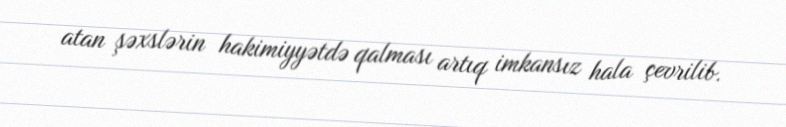
atan şəxslərin hakimiyyətdə qalması artıq imkansız hala çevrilib.